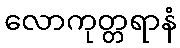
လောကုတ္တရာနံ